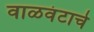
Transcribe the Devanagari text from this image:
वाळवंटाचे